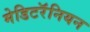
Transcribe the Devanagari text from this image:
मेडिटरॅनियन